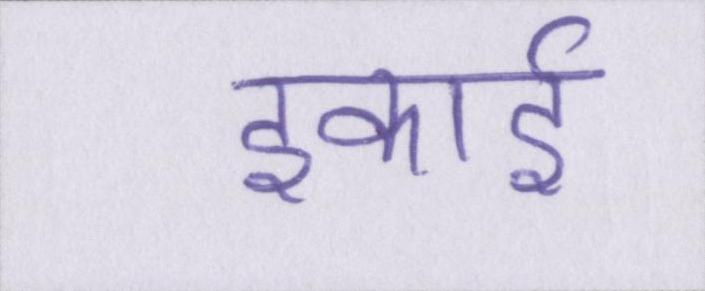
इकाई